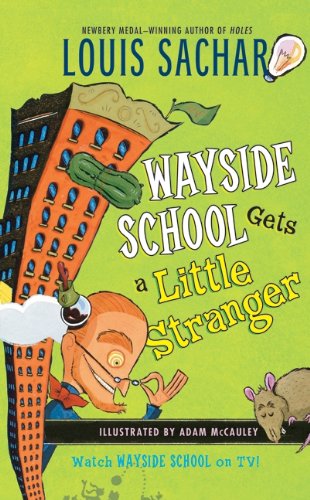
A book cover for Wayside School Gets a Little Stranger; Louis Sachar; Teen & Young Adult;